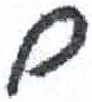
אות: ם